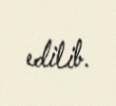
edilib.